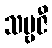
သဗ္ဗဇီ